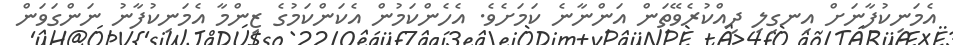
އެމަނިކުފާނަށް އިނގިލި ދިއްކުރެވޭތަން އަންނާނެ ކަމަށެވެ. އެހެންކަމުން އެކަންކަމުގެ ޒިންމާ އެމަނިކުފާނު ނަންގަވަން